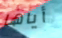
أياها